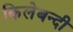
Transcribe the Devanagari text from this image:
किलेबन्‍दी